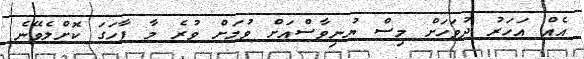
އެއް އަހަރު ދުވަހަށް މިސް ޔުނިވާސްއަށް ވުމަށް ވުރެ މާ ފާހަގަ ކޮށްލެވޭނެ